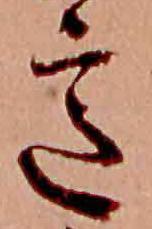
意